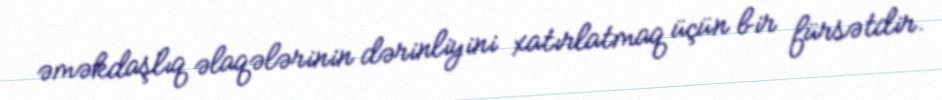
əməkdaşlıq əlaqələrinin dərinliyini xatırlatmaq üçün bir fürsətdir.